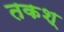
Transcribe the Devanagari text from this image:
तकश्